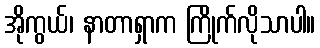
အိုကွယ်၊ နာတာရှာက ကြိုက်လိုသာပါ။